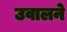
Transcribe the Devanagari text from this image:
उवालने